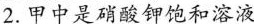
2.甲中是硝酸钾饱和溶液氢溶液